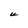
Character: U